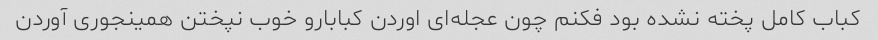
کباب کامل پخته نشده بود فکنم چون عجله‌ای اوردن کبابارو خوب نپختن همینجوری آوردن